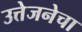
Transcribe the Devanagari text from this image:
उत्तेजनेचा